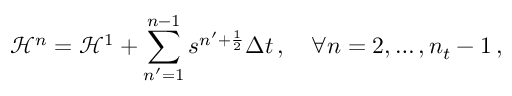
\mathcal H ^ { n } = \mathcal H ^ { 1 } + \sum _ { n ^ { \prime } = 1 } ^ { n - 1 } s ^ { n ^ { \prime } + \frac 1 2 } \Delta t \, , \quad \forall n = 2 , \hdots , n _ { t } - 1 \, ,